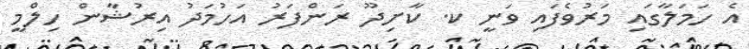
އެ ހަމަލާގައި މަރުވެފައި ވަނީ ކ. ކާށިދޫ ރަންފަރު އަހުމަދު އިރުޝާން ހިލްމީ